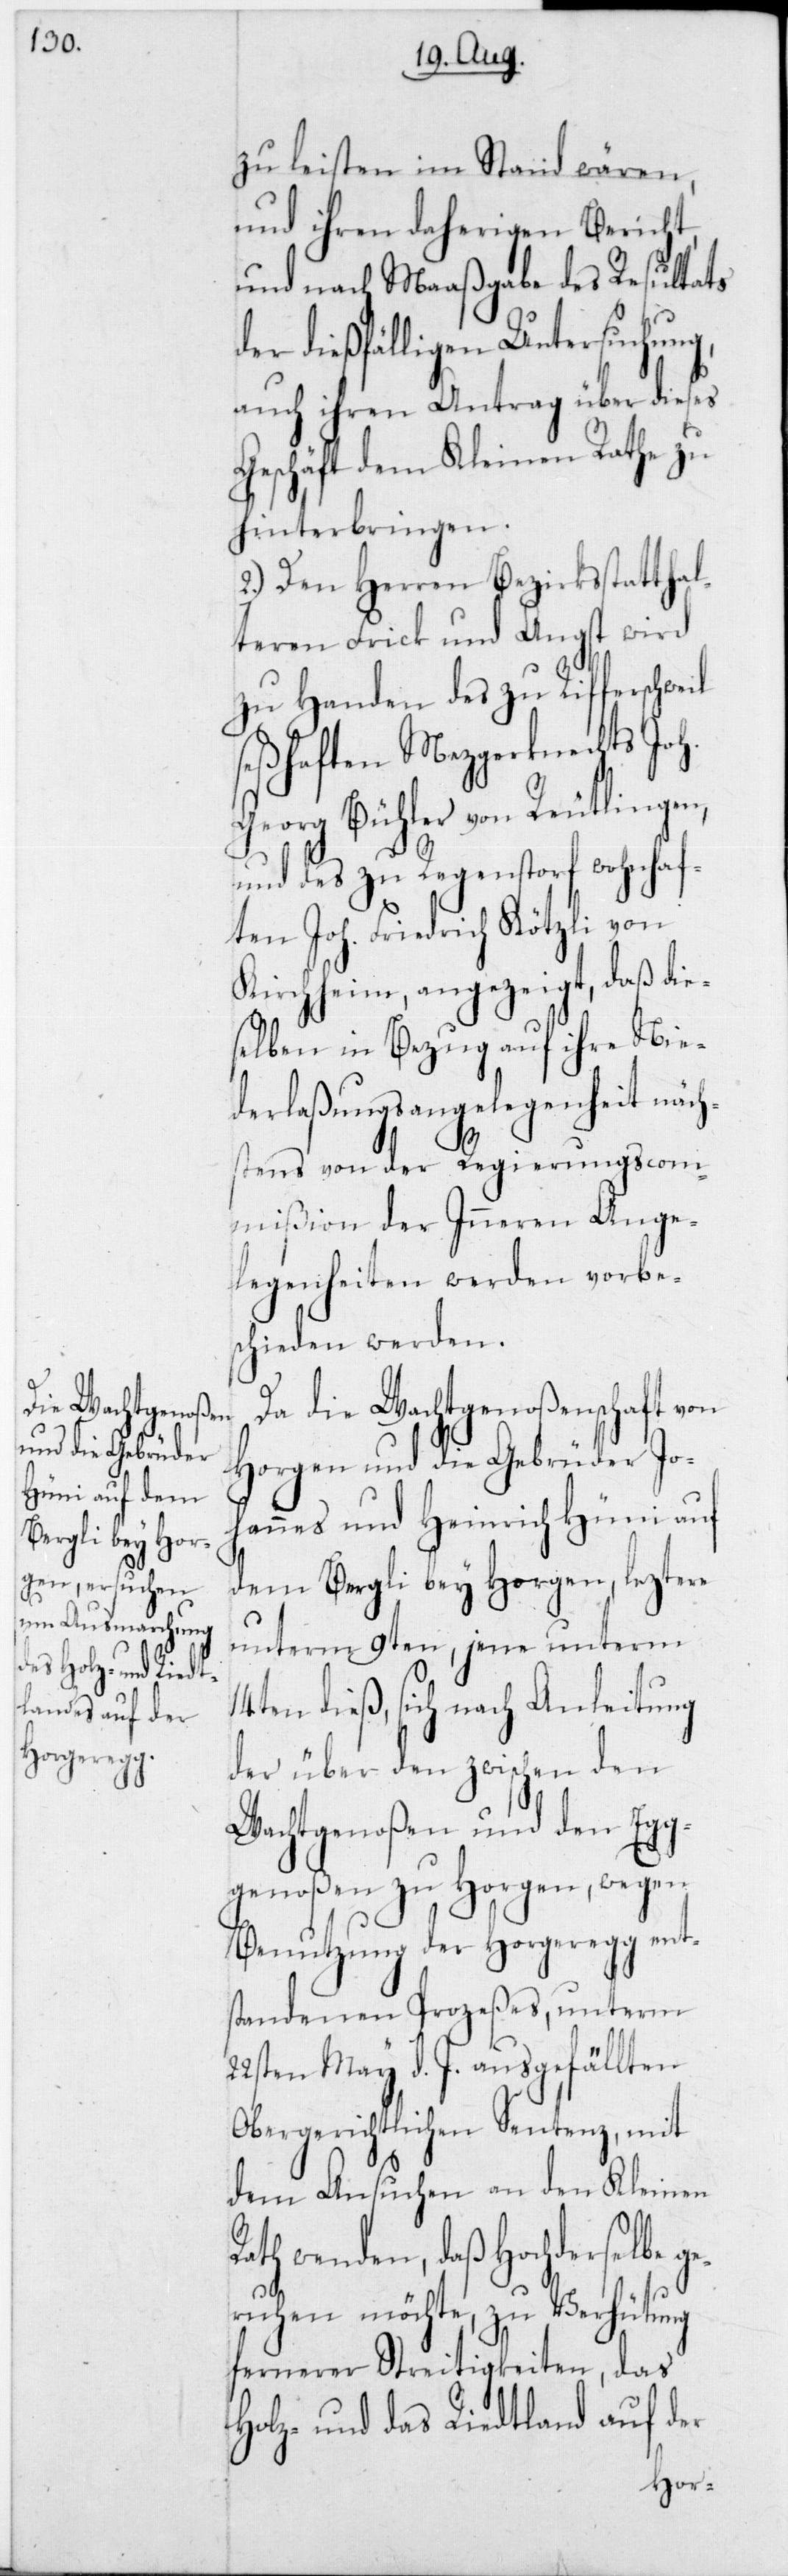
zu leisten imstande wären,
und ihren daherigen Bericht
und nach Maaßgabe des Resultats
der dießfälligen Untersuchung,
auch ihren Antrag über dieses
Geschäft dem Kleinen Rathe zu
hinterbringen.
2.) Den Herren Bezirksstatthal¬
teren Frick und Angst wird
zu Handen des zu Rifferschweil
seßhaften Mezgerknechts Joh.
Georg Bühler von Reutlingen,
und des zu Regenstorf wohnhaf¬
ten Joh. Friedrich Kötzli von
Kirchheim, angezeigt, daß die¬
selben in Bezug auf ihre Nie¬
derlaßungsangelegenheit näch¬
stens von der Regierungscom¬
mißion der Inneren Ange¬
legenheiten werden vorbe¬
schieden werden.
Da die Wachtgenoßenschaft von
Horgen und die Gebrüder Joh¬
annes und Heinrich Hüni auf
dem Bergli bey Horgen, leztere
unterm 9ten, jene unterm
dieß, sich nach Anleitung
der über den zwischen den
Wachtgenoßen und den Eg¬
g-Genoßen zu Horgen, wegen
Benutzung der Horgeregg ent¬
standenen Prozeßes, unterm
22sten May d. J. ausgefällten
obergerichtlichen Sentenz, mit
dem Ansuchen an den Kleinen
Rath wenden, daß Hochderselbe g¬
eruhen möchte, zu Verhütung
fernerer Streitigkeiten, das
Holz- und das Riedtland auf der